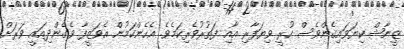
ޒީނާޝް ކިޔަވައިގެންވެސް ހުރީ ވިޔަފާރި އާއި ފަތުރުވެރިކަމެވެ. އެހެންކަމުން އެވަޒީފާ ވެގެންދިއައީ ވަރަށް